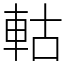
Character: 軲